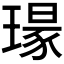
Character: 𮴯